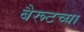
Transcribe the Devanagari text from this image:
बैरूटच्या